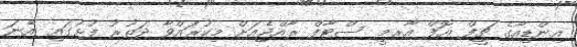
އިންޑިއާގެ ޗީފް އޮފް އާރމީ ސްޓާފް ރާއްޖެއަށް މިކުރައްވާ ދަތުރު ފުޅުގައި އޭނަ